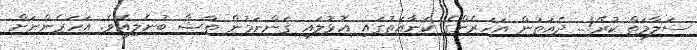
ސަލާމަތް ކުރޭ!.. ދެއަތުން އަހަރެންގެ ކަނާއަތުގައި އޮޅުލައި ގަންނަމުން ތާޝާ ބުނެލިއެވެ. އަހަރެންނަށް